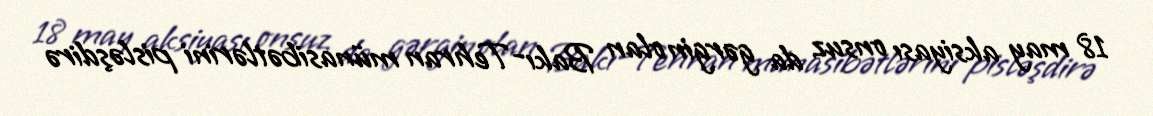
18 may aksiyası onsuz da gərgin olan Bakı-Tehran münasibətlərini pisləşdirə